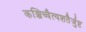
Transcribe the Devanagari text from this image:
कञ्चिच्चैत्यशतैर्जुष्ट